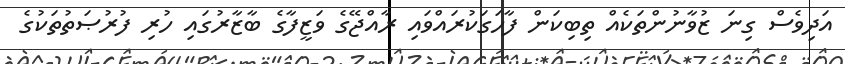
އަދިވެސް ގިނަ ޒުވާނުންތަކެއް ތިބިކަން ފާހަގަކުރައްވައި ރާއްޖޭގެ ވަޒީފާގެ ބާޒާރުގައި ހުރި ފުރުޞަތުތަކުގެ